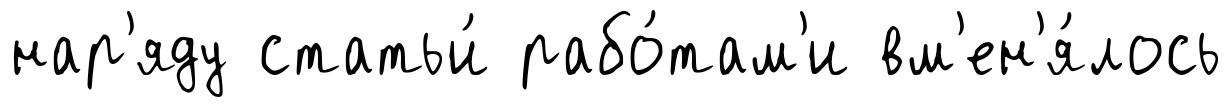
нар'яду статьи́ рабо́там'и вм'ен'я́лось